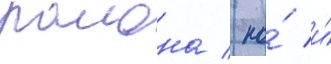
раиона / но́ и́